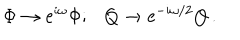
\Phi \rightarrow \mathrm { e } ^ { i \omega } \Phi ; Q \rightarrow \mathrm { e } ^ { - i \omega / 2 } Q \, .